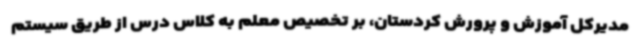
مدیرکل آموزش و پرورش کردستان، بر تخصیص معلم به کلاس درس از طریق سیستم